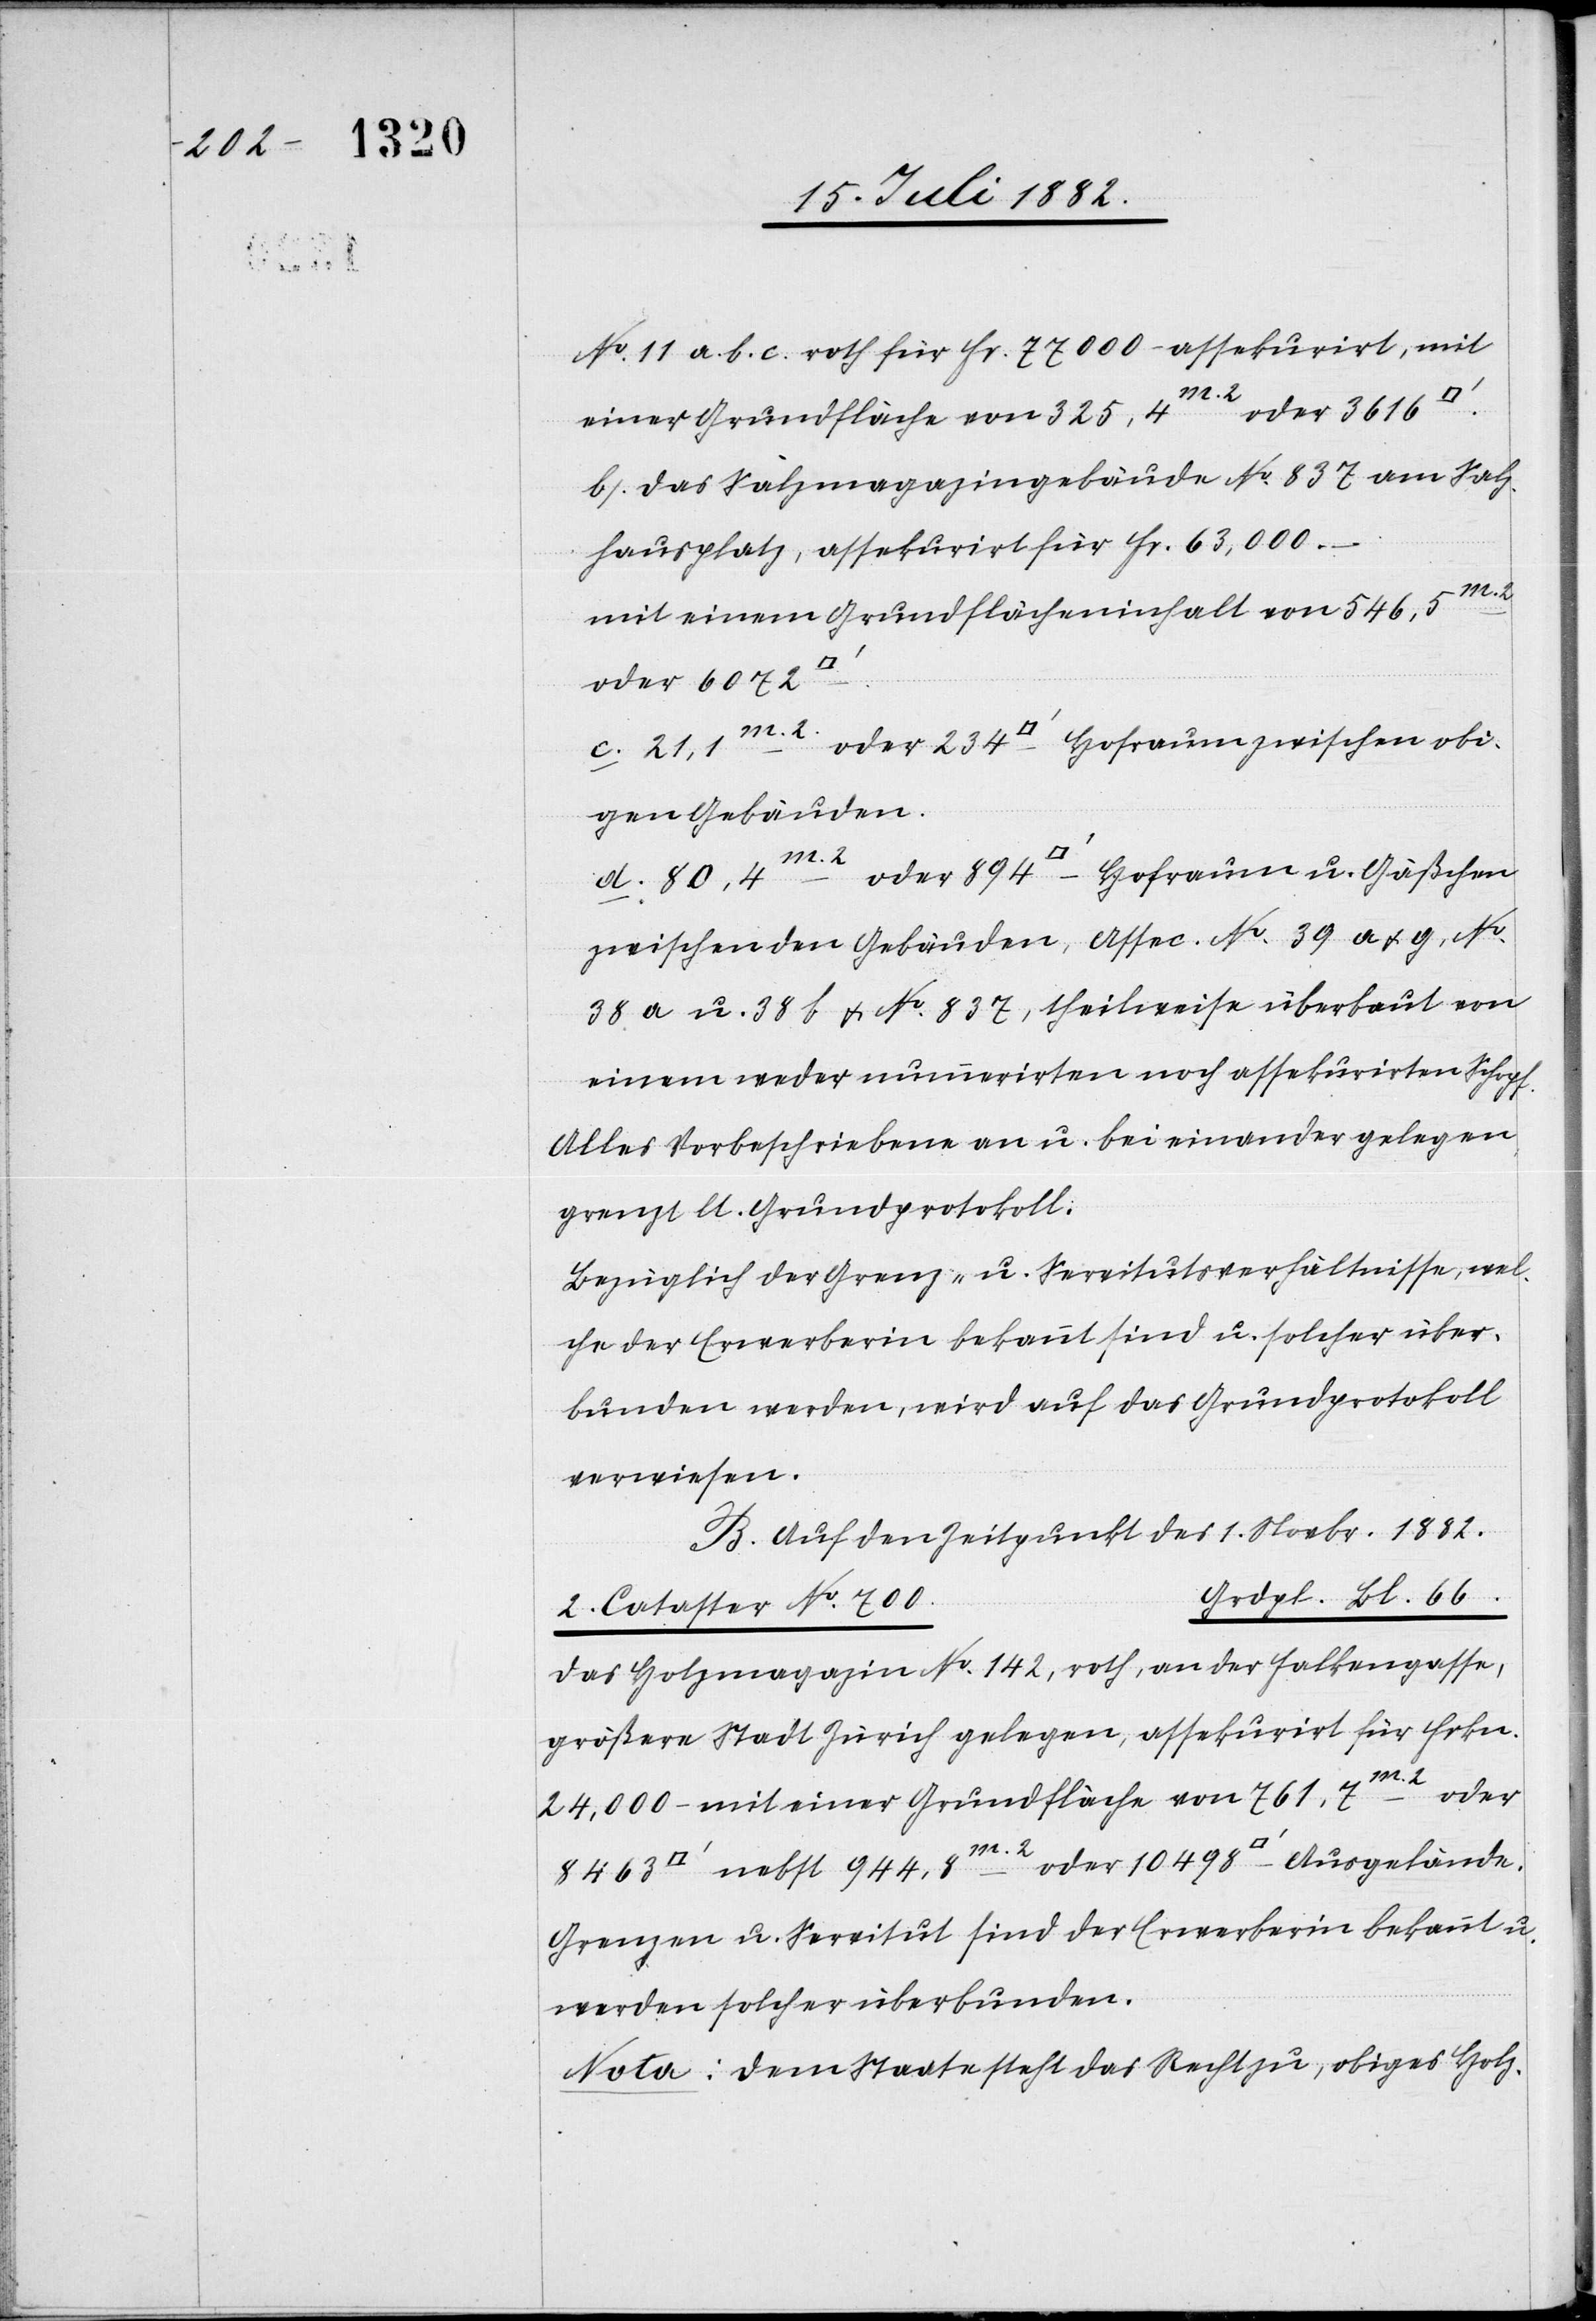
Gäßchen

No 11 a. b. c. roth für Fr. 77000 assekurirt, mit
einer Grundfläche von 325,4m2 oder 3616
b) Das Salzmagazingebäude No 837 am Salz¬
hausplatz, assekurirt für Fr. 63,000.–
mit einem Grundflächeninhalt von 546,5m2
oder 10498
c) 21,1m2 oder 234 [Quadratfuß] Hofraum zwischen obi¬
gen Gebäuden.
zwischen den Gebäuden, Assec. No 39 a & g, No
38a u. 38b & No 837, theilweise überbaut von
einem weder nummerirten noch assekurirten Schopf.
Alles Vorbeschriebene an u. bei einander gelegen
grenzt lt. Grundprotokoll.
Bezüglich der Grenz- u. Servitutsverhältnisse, wel¬
che der Erwerberin bekannt sind u. solcher über¬
bunden werden, wird auf das Grundprotokoll
verwiesen.
B. Auf den Zeitpunkt des 1. Novbr. 1882.
rdpl. Bl. 66.
2. Cataster No 700	G¬
das Holzmagazin No 142, roth, an der Falkengasse,
größere Stadt Zürich gelegen, assekurirt für Frkn.
24,000.– mit einer Grundfläche von 761,7m2 oder
Grenzen u. Servitut sind der Erwerberin bekannt u.
werden solcher überbunden.
Nota: Dem Staate steht das Recht zu, obiges Holz-